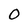
Character: O